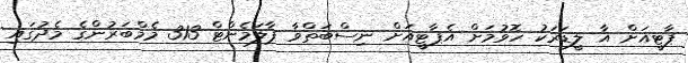
ޕާޓީއަށް އާ ލީޑަރަކު ހޮވުމަށް އެޕާޓީއަށް ނިސްބަތްވާ ޕާލަމެންޓް 313 މެމްބަރުންގެ މެދުގައި